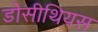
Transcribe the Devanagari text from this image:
डोसीथियस